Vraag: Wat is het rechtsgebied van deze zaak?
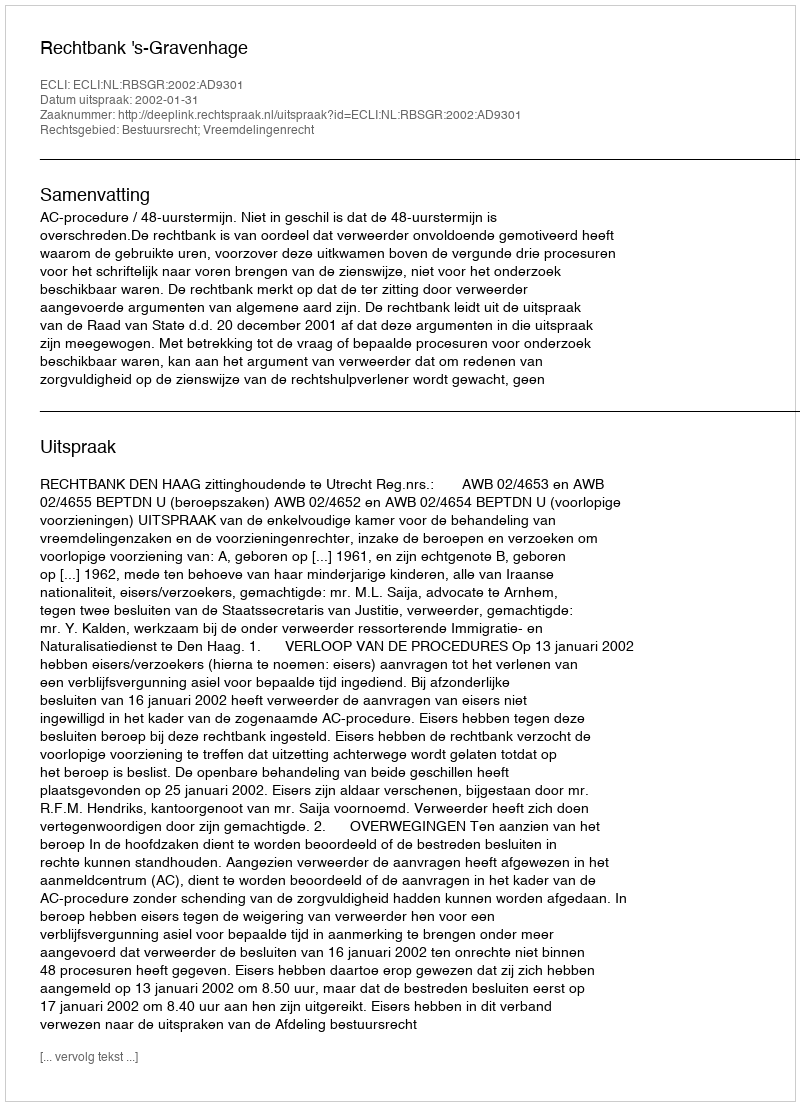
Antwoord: Bestuursrecht; Vreemdelingenrecht